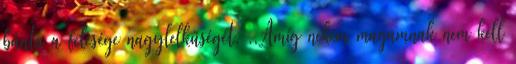
bánta a felesége nagylelkűségét. ,,Amíg nekem magamnak nem kell